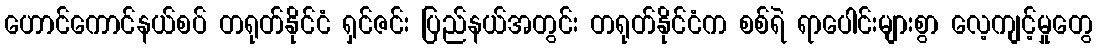
ဟောင်ကောင်နယ်စပ် တရုတ်နိုင်ငံ ရှင်ဇင်း ပြည်နယ်အတွင်း တရုတ်နိုင်ငံက စစ်ရဲ ရာပေါင်းများစွာ လေ့ကျင့်မှုတွေ